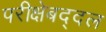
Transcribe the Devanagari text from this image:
परीक्षेबद्दल